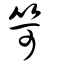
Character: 笴